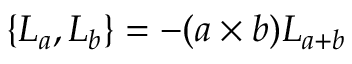
\{ L _ { a } , L _ { b } \} = - ( a \times b ) L _ { a + b }